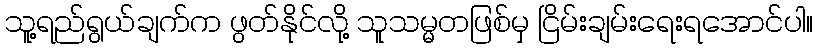
သူ့ရည်ရွယ်ချက်က ဖွတ်နိုင်လို့ သူသမ္မတဖြစ်မှ ငြိမ်းချမ်းရေးရအောင်ပါ။